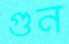
গুন